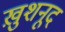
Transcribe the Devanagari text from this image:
ख़ुशनूद